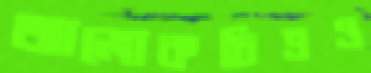
আলোকচিত্রও